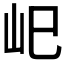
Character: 𡵆